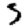
Digit: 5